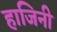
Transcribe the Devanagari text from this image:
हाजिनी